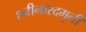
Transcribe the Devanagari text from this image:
श्नीनारदमुनी